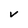
Character: V